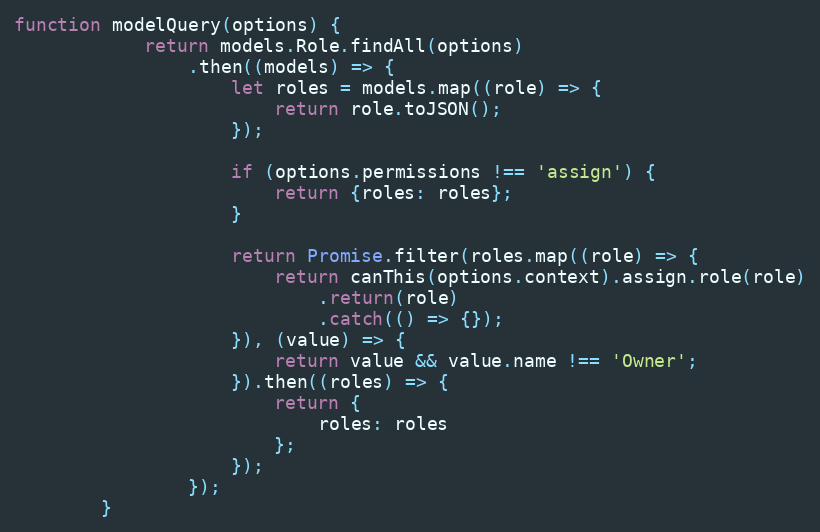
Language: JavaScript
function modelQuery(options) {
            return models.Role.findAll(options)
                .then((models) => {
                    let roles = models.map((role) => {
                        return role.toJSON();
                    });

                    if (options.permissions !== 'assign') {
                        return {roles: roles};
                    }

                    return Promise.filter(roles.map((role) => {
                        return canThis(options.context).assign.role(role)
                            .return(role)
                            .catch(() => {});
                    }), (value) => {
                        return value && value.name !== 'Owner';
                    }).then((roles) => {
                        return {
                            roles: roles
                        };
                    });
                });
        }